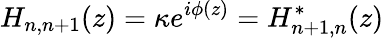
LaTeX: H_{n,n+1}(z)=\kappa e^{i\phi(z)}=H_{n+1,n}^{*}(z)